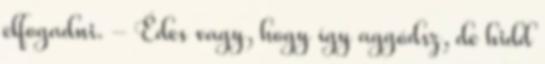
elfogadni. - Édes vagy, hogy így aggódsz, de hidd